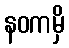
နဝကမှိ